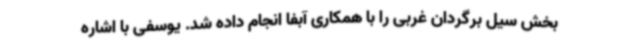
بخش سیل برگردان غربی را با همکاری آبفا انجام داده شد. یوسفی با اشاره